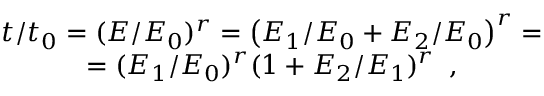
\begin{array} { c } { t / t _ { 0 } = ( E / E _ { 0 } ) ^ { r } = \left( E _ { 1 } / E _ { 0 } + E _ { 2 } / E _ { 0 } \right) ^ { r } = } \\ { = ( E _ { 1 } / E _ { 0 } ) ^ { r } ( 1 + E _ { 2 } / E _ { 1 } ) ^ { r } \, \, \, , } \end{array}